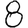
Digit: 8